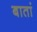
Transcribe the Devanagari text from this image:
बातां